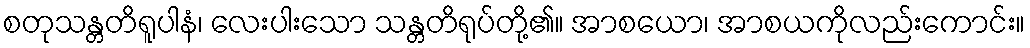
စတုသန္တတိရူပါနံ၊ လေးပါးသော သန္တတိရုပ်တို့၏။ အာစယော၊ အာစယကိုလည်းကောင်း။